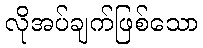
လိုအပ်ချက်ဖြစ်သော